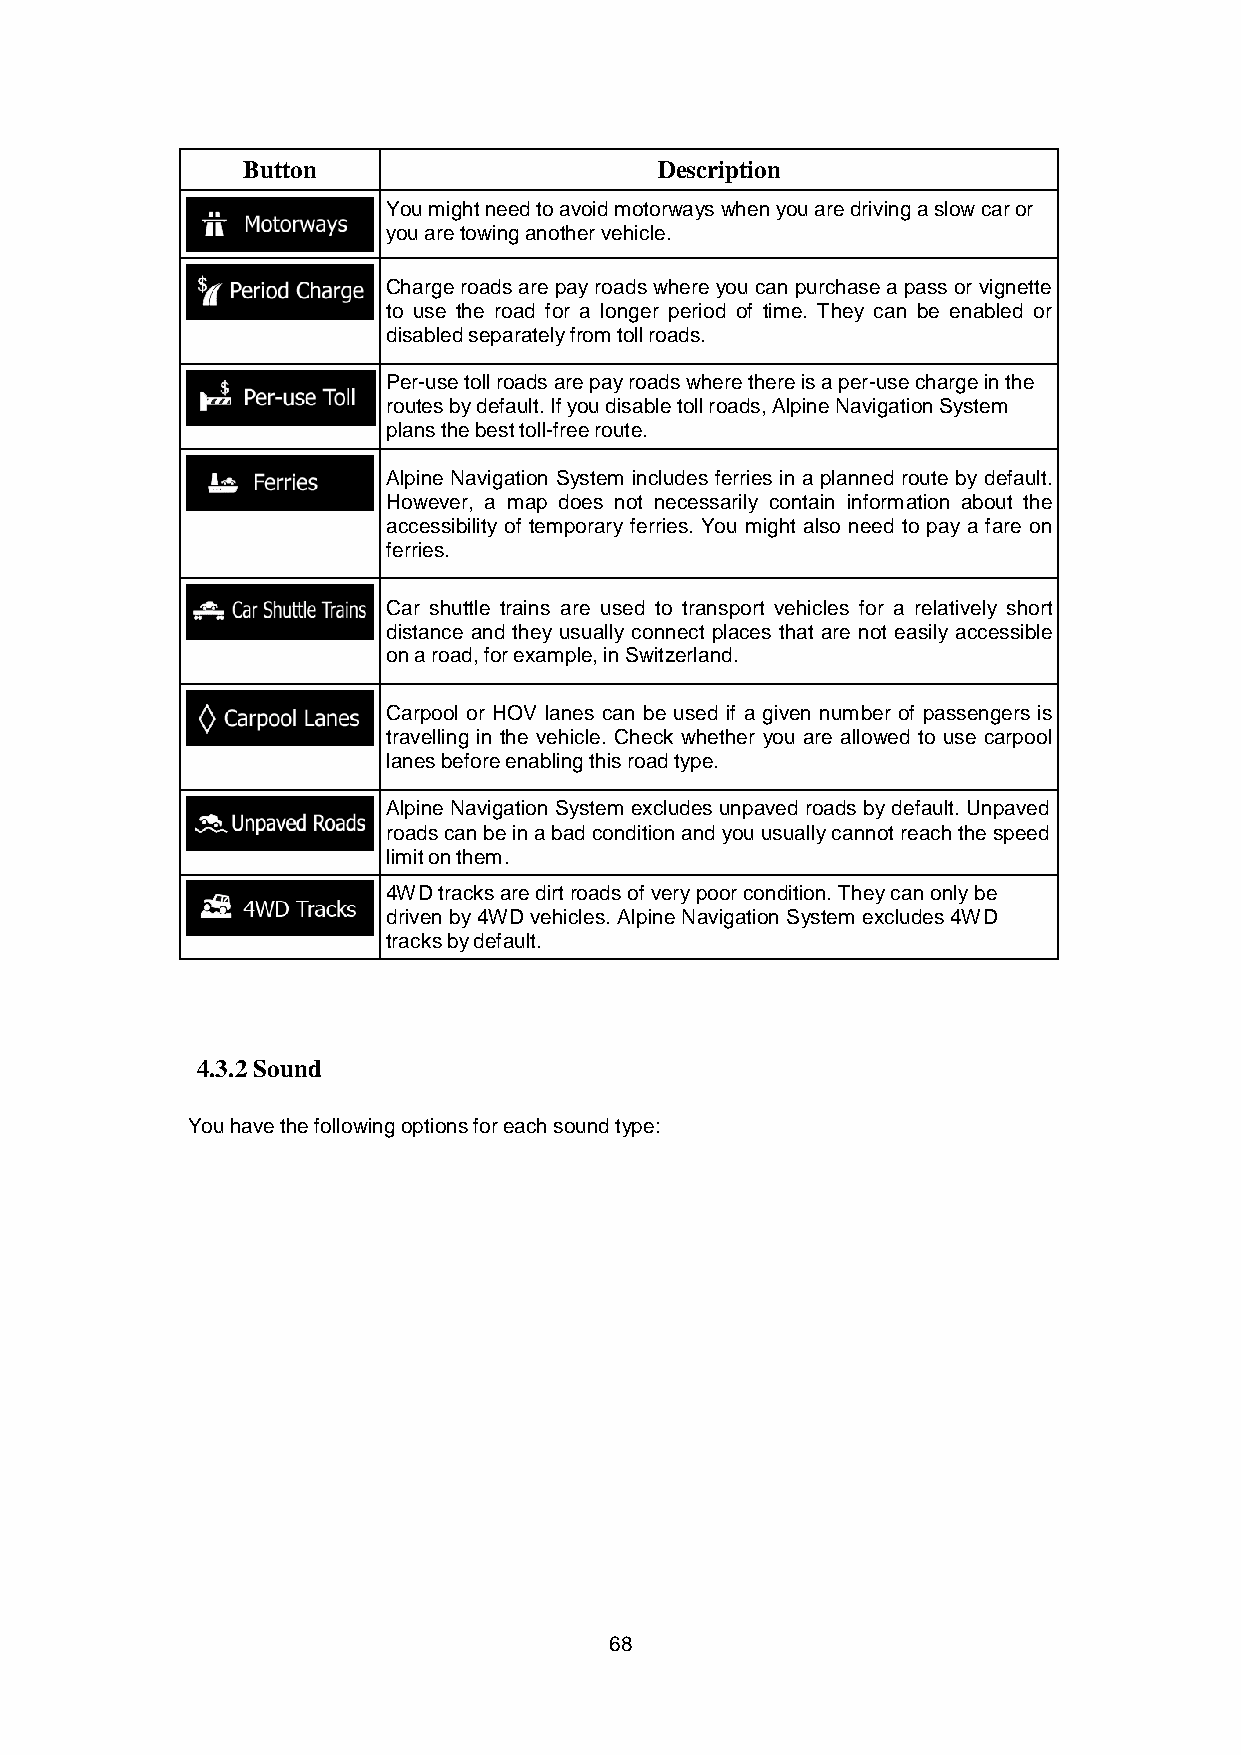
Button                      Description
 You might need to avoid motorways when you are driving a slow car or
 you are towing another vehicle.
 Charge roads are pay roads where you can purchase a pass or vignette
 to use the road for a longer period of time. They can be enabled or
 disabled separately from toll roads.
 Per-use toll roads are pay roads where there is a per-use charge in the
 routes by default. If you disable toll roads, Alpine Navigation System
 plans the best toll-free route.
 Alpine Navigation System includes ferries in a planned route by default.
 However, a map does not necessarily contain information about the
 accessibility of temporary ferries. You might also need to pay a fare on
 ferries.
 Car shuttle trains are used to transport vehicles for a relatively short
 distance and they usually connect places that are not easily accessible
 on a road, for example, in Switzerland.
 Carpool or HOV lanes can be used if a given number of passengers is
 travelling in the vehicle. Check whether you are allowed to use carpool
 lanes before enabling this road type.
 Alpine Navigation System excludes unpaved roads by default. Unpaved
 roads can be in a bad condition and you usually cannot reach the speed
 limit on them.
 4WD tracks are dirt roads of very poor condition. They can only be
 driven by 4WD vehicles. Alpine Navigation System excludes 4WD
 tracks by default.
 4.3.2 Sound
 You have the following options for each sound type:
 68